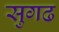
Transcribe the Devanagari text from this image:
सुगढ